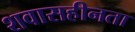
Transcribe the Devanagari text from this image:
शवासहीनता